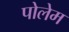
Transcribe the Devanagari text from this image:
पोलेम